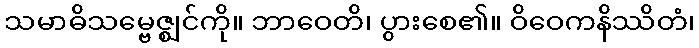
သမာဓိသမ္ဗေဇ္ဈင်ကို။ ဘာဝေတိ၊ ပွားစေ၏။ ဝိဝေကနိဿိတံ၊